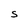
Character: S